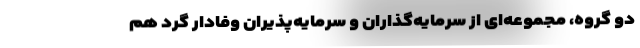
دو گروه، مجموعه‌ای از سرمایه‌گذاران و سرمایه‌پذیران وفادار گرد هم